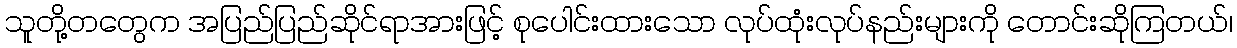
သူတို့တတွေက အပြည်ပြည်ဆိုင်ရာအားဖြင့် စုပေါင်းထားသော လုပ်ထုံးလုပ်နည်းများကို တောင်းဆိုကြတယ်၊